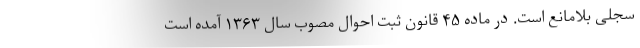
سجلی بلامانع است. در ماده ۴۵ قانون ثبت احوال مصوب سال ۱۳۶۳ آمده است